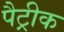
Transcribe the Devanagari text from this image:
पैट्रीक